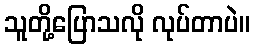
သူတို့ပြောသလို လုပ်တာပဲ။